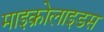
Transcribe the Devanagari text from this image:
माइक्रोलाइडस